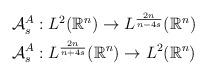
LaTeX: \begin{align*}\begin{aligned}&\mathcal{A}_{s}^{A} : L^{2}(\mathbb{R}^{n}) \rightarrow L^{\frac{2n}{n-4s}}(\mathbb{R}^{n}) \\&\mathcal{A}_{s}^{A} : L^{\frac{2n}{n+4s}}(\mathbb{R}^{n}) \rightarrow L^{2}(\mathbb{R}^{n})\end{aligned}\end{align*}